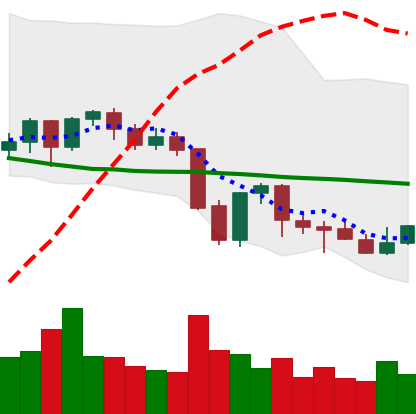
Ticker: NEO-USD
Chart end date: 2021-09-30
Forward return: 19.442%
Label: up_7plus